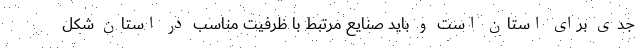
جدی برای استان است و باید صنایع مرتبط با ظرفیت مناسب در استان شکل